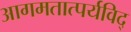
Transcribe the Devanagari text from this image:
आगमतात्पर्यविद्